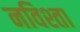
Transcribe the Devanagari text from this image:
नविश्ता